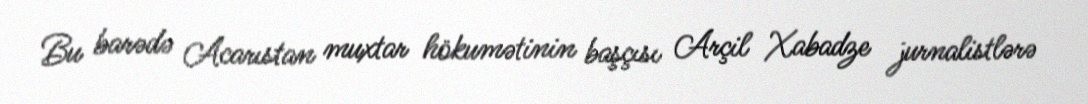
Bu barədə Acarıstan muxtar hökumətinin başçısı Arçil Xabadze jurnalistlərə